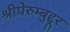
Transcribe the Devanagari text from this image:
श्रीपेरुम्बुद्दूर